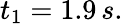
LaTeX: t_{1}=1.9\, s.